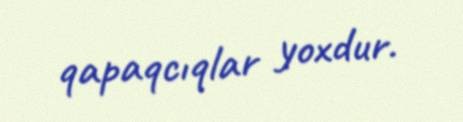
qapaqcıqlar yoxdur.